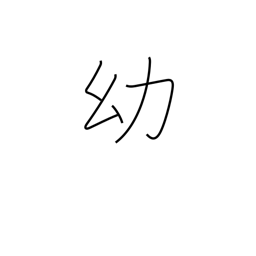
Meaning: childhood